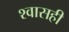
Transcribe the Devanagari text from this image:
श्‍वासही